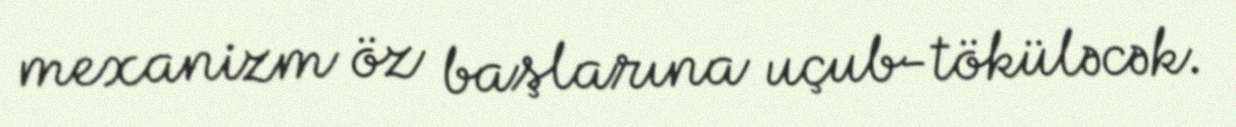
mexanizm öz başlarına uçub-töküləcək.